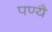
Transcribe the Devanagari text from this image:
पण्यै